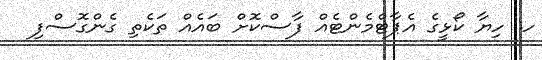
ހ. ހިޔާ ކޯޅީގެ އެޕާޓްމެންޓެއް ފާސްކޮށް ބައެއް ތަކެތި ގެންގޮސްފި